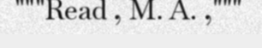
"""Read , M. A. ,"""